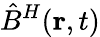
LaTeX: \hat{B}^{H}({\mathbf r},t)